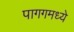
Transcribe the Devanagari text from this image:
पागगमध्ये